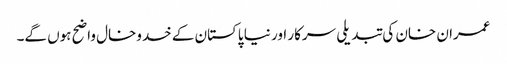
عمران خان کی تبدیلی سرکار اور نیا پاکستان کے خدوخال واضح ہوں گے۔